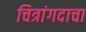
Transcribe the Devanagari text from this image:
चित्रांगदाचा